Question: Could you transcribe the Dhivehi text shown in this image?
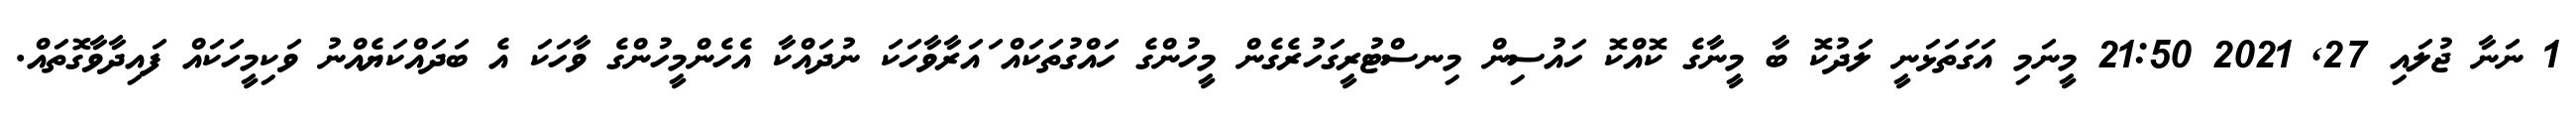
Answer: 1 ނަނާ ޖުލައި 27, 2021 21:50 މީނަމި އަގަތަޅަނީ ލަދުކޮ ބާ މީނާގެ ކޮއްކޮ ހައުސިން މިނސްޓުރީގަހުރެގެން މީހުންގެ ހައްގުތަކައް ައަރާވާހަކަ ނުދައްކާ އެހެންމީހުންގެ ވާހަކަ އެ ބަދައްކަޔެއްނު ވަކިމީހަކައް ފައިދާވާގޮތައް.